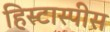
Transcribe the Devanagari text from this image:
हिस्टास्पीस